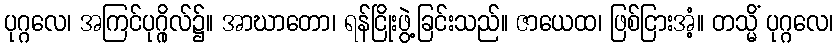
ပုဂ္ဂလေ၊ အကြင်ပုဂ္ဂိုလ်၌။ အာဃာတော၊ ရန်ငြိုးဖွဲ့ခြင်းသည်။ ဇာယေထ၊ ဖြစ်ငြားအံ့။ တသ္မိံ ပုဂ္ဂလေ၊